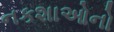
નકશાઓનો